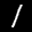
Label: 1